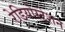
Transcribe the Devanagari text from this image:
रेडियोस्टेशन